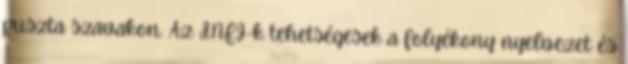
puszta szavakon. Az INFJ-k tehetségesek a folyékony nyelvezet és